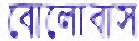
বোলোবাস